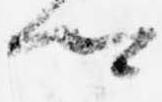
卿